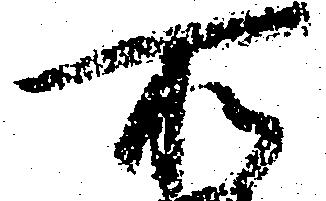
所